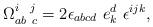
LaTeX: \begin{align*}\Omega _{ab\ c}^{i\ \ j}=2\epsilon _{abcd}\ e_{k}^{d}\ \epsilon ^{ijk},\end{align*}